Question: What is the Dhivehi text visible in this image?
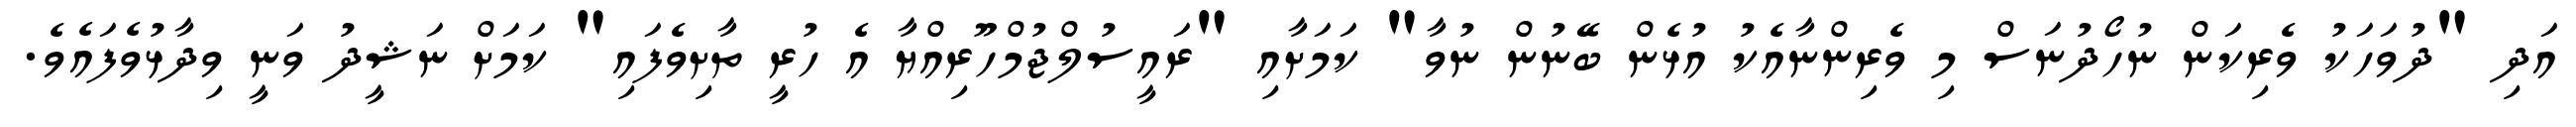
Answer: އަދި "ދުވަހަކު ވެރިކަން ނުހޯދުނަސް މި ވެރިންނާއެކު އުޅެން ބޭނުން ނުވާ" ކަމަށާއި "ރައީސުލްޖުމްހޫރިއްޔާ އެ ހުރީ ތާށިވެފައި" ކަމަށް ނަޝީދު ވަނީ ވިދާޅުވެފައެވެ.